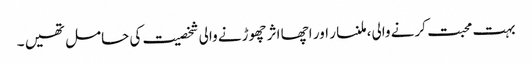
بہت محبت کرنے والی، ملنسار اور اچھا اثر چھوڑنے والی شخصیت کی حامل تھیں ۔